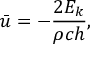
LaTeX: { \bar { u } } = - { \frac { 2 E _ { k } } { \rho c h } } ,